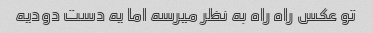
تو عکس راه راه به نظر میرسه اما یه دست دودیه